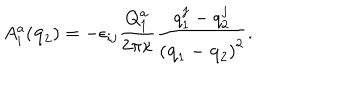
A _ { i } ^ { a } ( { \bf q } _ { 2 } ) = - \epsilon _ { i j } \frac { Q _ { 1 } ^ { a } } { 2 \pi \kappa } \frac { q _ { 1 } ^ { j } - q _ { 2 } ^ { j } } { \left( { \bf q } _ { 1 } - { \bf q } _ { 2 } \right) ^ { 2 } } .